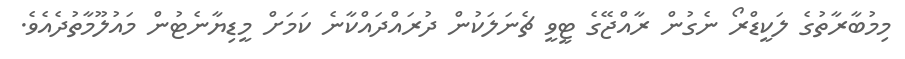
މިމުބާރާތުގެ ލަކީޑްރޯ ނެގުން ރާއްޖޭގެ ޓީވީ ޗެނަލަކުން ދުރައްދައްކާނެ ކަމަށް މީޑިޔާނެޓުން މައުލޫމާތުދެއެވެ.